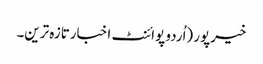
خیرپور (اُردو پوائنٹ اخبارتازہ ترین۔